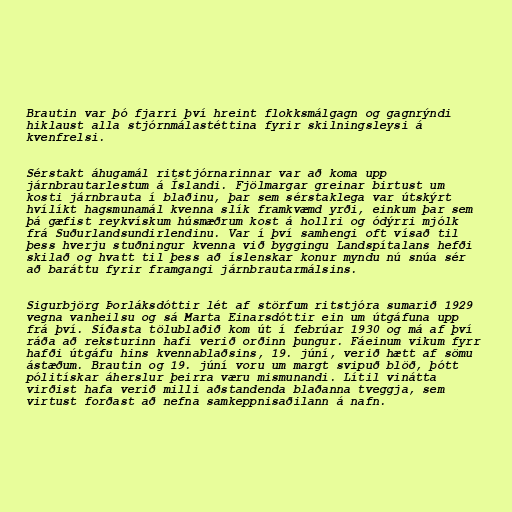
Brautin var þó fjarri því hreint flokksmálgagn og gagnrýndi
hiklaust alla stjórnmálastéttina fyrir skilningsleysi á
kvenfrelsi.

Sérstakt áhugamál ritstjórnarinnar var að koma upp
járnbrautarlestum á Íslandi. Fjölmargar greinar birtust um
kosti járnbrauta í blaðinu, þar sem sérstaklega var útskýrt
hvílíkt hagsmunamál kvenna slík framkvæmd yrði, einkum þar sem
þá gæfist reykvískum húsmæðrum kost á hollri og ódýrri mjólk
frá Suðurlandsundirlendinu. Var í því samhengi oft vísað til
þess hverju stuðningur kvenna við byggingu Landspítalans hefði
skilað og hvatt til þess að íslenskar konur myndu nú snúa sér
að baráttu fyrir framgangi járnbrautarmálsins.

Sigurbjörg Þorláksdóttir lét af störfum ritstjóra sumarið 1929
vegna vanheilsu og sá Marta Einarsdóttir ein um útgáfuna upp
frá því. Síðasta tölublaðið kom út í febrúar 1930 og má af því
ráða að reksturinn hafi verið orðinn þungur. Fáeinum vikum fyrr
hafði útgáfu hins kvennablaðsins, 19. júní, verið hætt af sömu
ástæðum. Brautin og 19. júní voru um margt svipuð blöð, þótt
pólitískar áherslur þeirra væru mismunandi. Lítil vinátta
virðist hafa verið milli aðstandenda blaðanna tveggja, sem
virtust forðast að nefna samkeppnisaðilann á nafn.